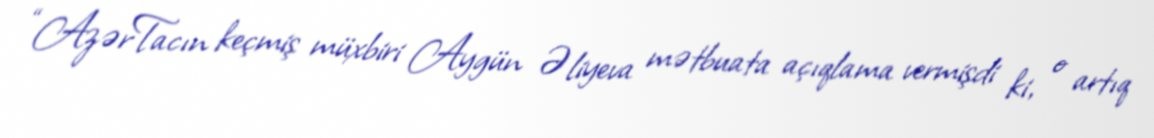
“AzərTacın keçmiş müxbiri Aygün Əliyeva mətbuata açıqlama vermişdi ki, o artıq